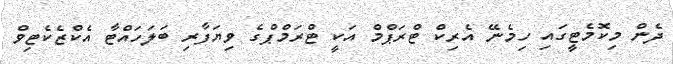
ދެން މިކޮމެޓީގައި ހިމެނޭ އެރިކް ޓްރަޕްމް އަކީ ޓްރަމްޕްގެ ވިޔަފާރި ބަލަހައްޓާ އެކްޒެކެޓިވް